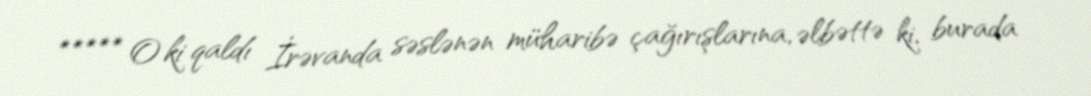
***** O ki qaldı İrəvanda səslənən müharibə çağırışlarına, əlbəttə ki, burada